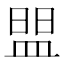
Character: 𰤼